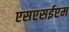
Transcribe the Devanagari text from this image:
एसएसईएम